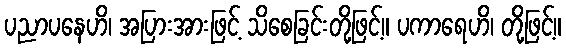
ပညာပနေဟိ၊ အပြားအားဖြင့် သိစေခြင်းတို့ဖြင့်။ ပကာရေဟိ၊ တို့ဖြင့်။